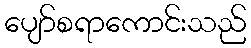
ပျော်စရာကောင်းသည်